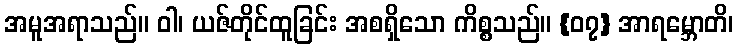
အမူအရာသည်။ ဝါ၊ ယဇ်တိုင်ထူခြင်း အစရှိသော ကိစ္စသည်။ {၀၇} အာရမ္ဘောတိ၊